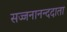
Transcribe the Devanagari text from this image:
सज्जनानन्ददाता